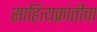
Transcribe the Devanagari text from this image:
साहित्यक्रांतीचा